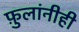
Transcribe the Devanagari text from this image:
फ़ुलांनीही